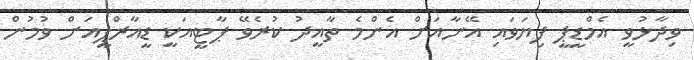
ވިދާޅުވީ އެމްޑީޕީ ފިޔަވައި އޭނާއަށް އެންމެ ތާއީދު ކުރެވޭ ޕާޓީއަކީ ޑީއާރްޕީއަށް ވުމުން